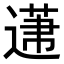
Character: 𨕤